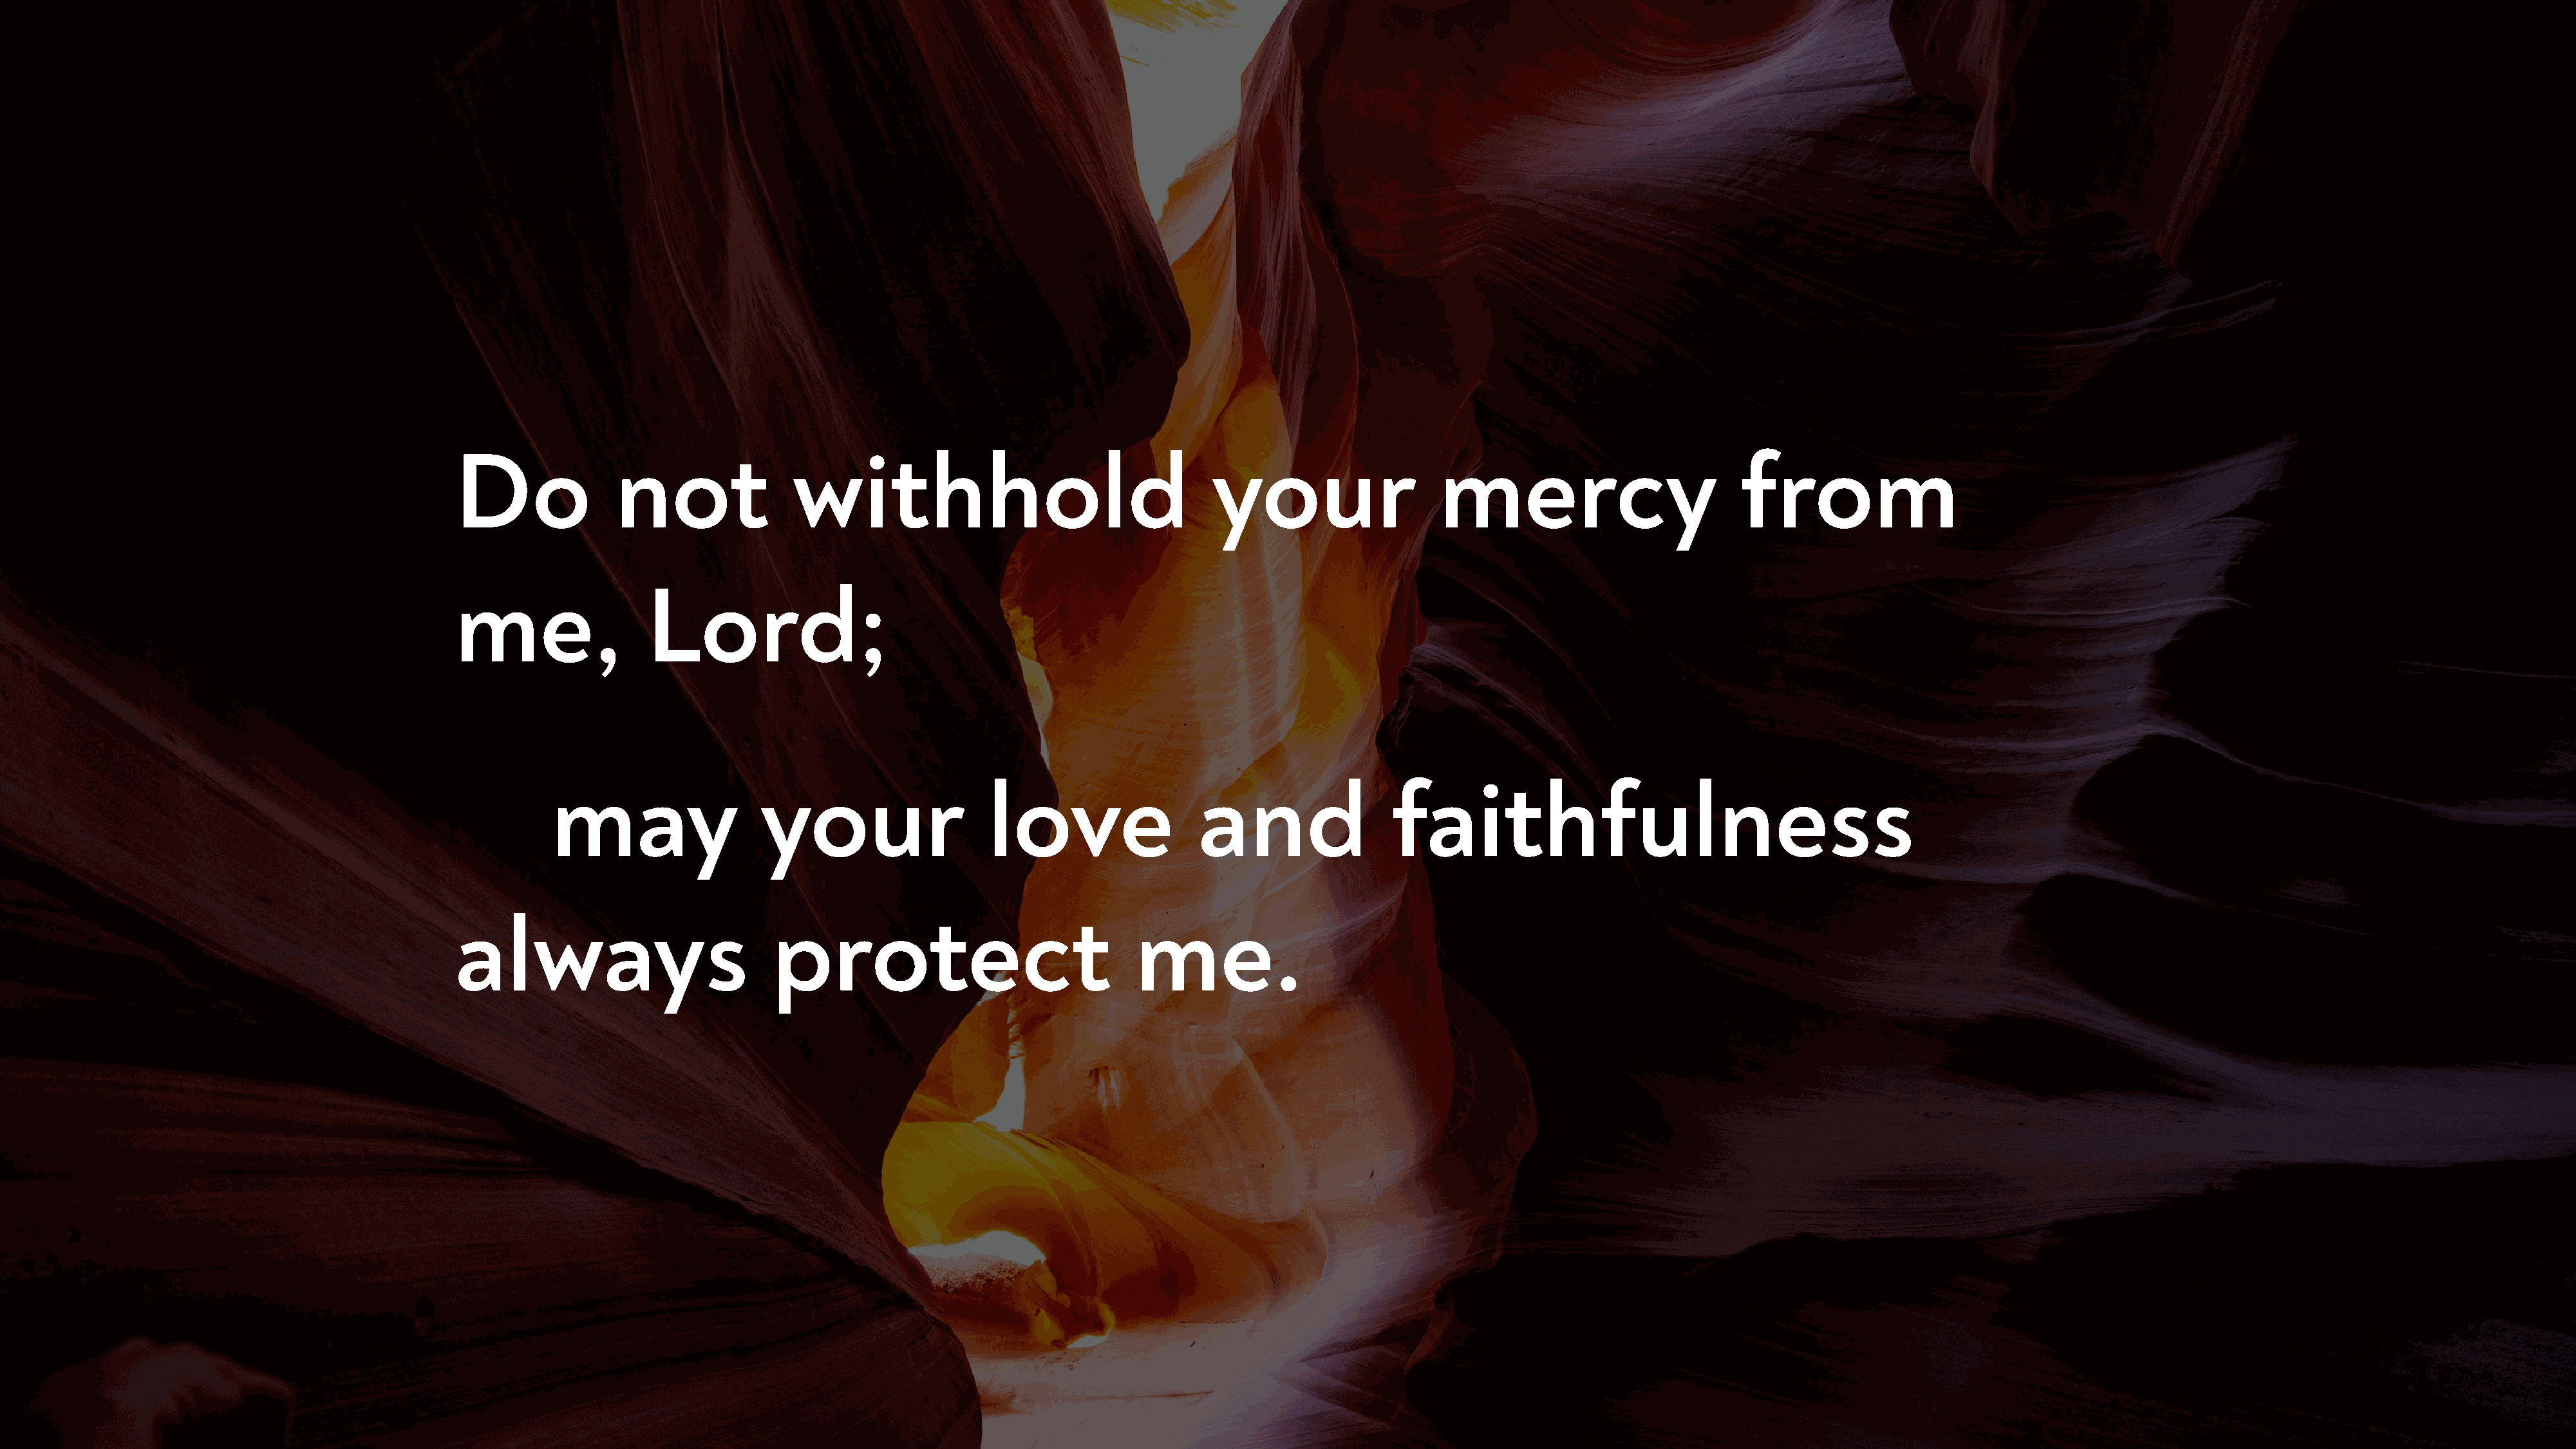
Do              not               withhold                                    your                   mercy                          from
 me,                Lord;
 may                  your                    love                 and                 faithfulness
 always                          protect                               me.